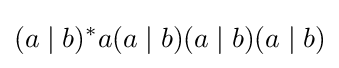
(a\mid b)^{*}a(a\mid b)(a\mid b)(a\mid b)